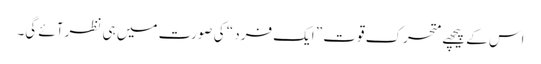
اس کے پیچھے متحرک قوت ” ایک فرد “ کی صورت میں ہی نظر آئے گی۔